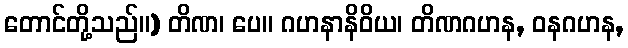
တောင်တို့သည်။) တိဏ၊ ပေ။ ဂဟနာနိဝိယ၊ တိဏဂဟန, ဝနဂဟန,